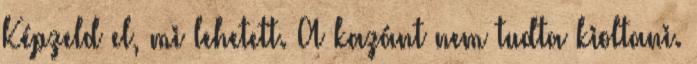
Képzeld el, mi lehetett. A kazánt nem tudta kioltani.